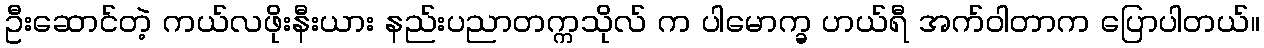
ဦးဆောင်တဲ့ ကယ်လဖိုးနီးယား နည်းပညာတက္ကသိုလ် က ပါမောက္ခ ဟယ်ရီ အက်ဝါတာက ပြောပါတယ်။